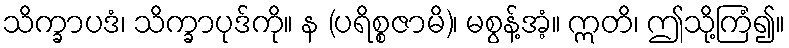
သိက္ခာပဒံ၊ သိက္ခာပုဒ်ကို။ န (ပရိစ္စဇာမိ)၊ မစွန့်အံ့။ ဣတိ၊ ဤသို့ကြံ၍။